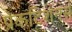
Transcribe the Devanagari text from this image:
प्रेकटिशनर्स